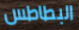
البطاطس